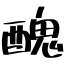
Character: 醜